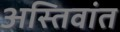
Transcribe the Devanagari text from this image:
अस्तिवांत